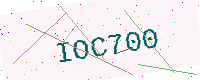
Text: IOC700